Lunatic asylums Madras 1892-1911 - 1892-1911
Year: 1892
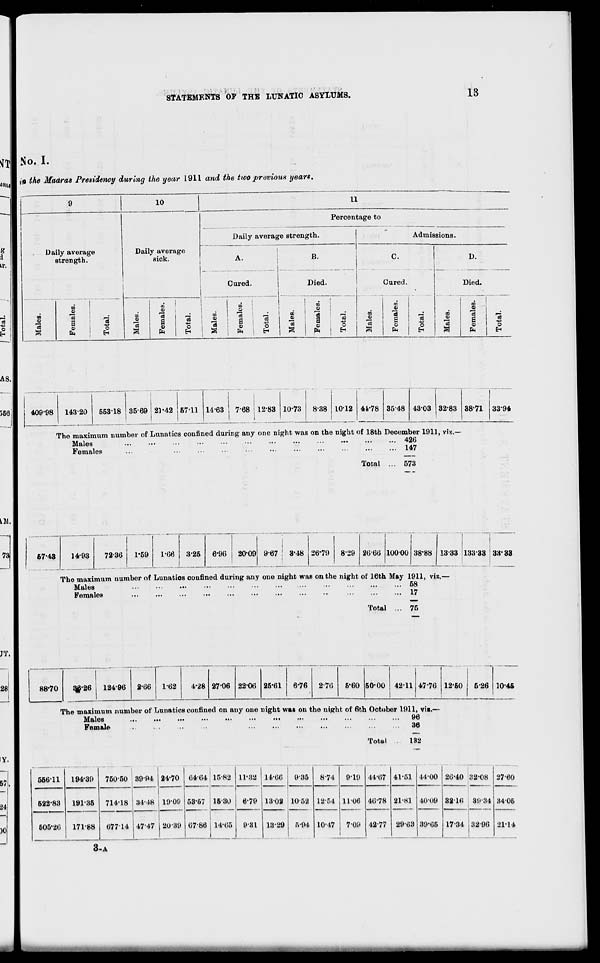
STATEMENTS OF THE LUNATIC ASYLUMS.
13
tfj No. I.
B iii the Madras Presidency during the year 1911 and the two previous yearn.
9
10
11
Daily average
strength.
Daily average
sick.
_
Percentage to
_.
Daily average strength.
Admissions.
8
IV.
A.
B.
C.
D.
Cured.
Died.
Cured.
Died.
"3 -w
0
E->
Males.
Females.
Is
o
at
Females.
Total.
Males.
Females.
Total.
Males.
Females.
Total.
m
"3
Females.
Total.
03
1
Females.
1
Total.
35-69 21-42 5711 14-63 768 ! 12-83 10-73 8-38 1012 44-78
l
3548 4303 32-83 38-71 33-94
The maximum number of Lunatics confined during any one night was on the night of 18th December 1911, viz.-
Males
...
■••
...
...
...
••■
••■
...
...
...
...
... 426
Females
...
...
...
...
...
...
...
...
...
...
... 147
Total ... 573
67-48
14-93
72-36
1-59
1-66
967 ! 3-48 26-79 8-29 26-66 10000 38-88 13-33 133-33 ' 3»- 33
The maximum number of Lunatios oonfined during any one night was on the night of 16th May 1911, viz.
Males
...
...
...
...
...
...
...
...
...
... 58
Females
...
...
17
Total
75
2-66
1-62
1-28 27-06 2206 25-61
6-76 2-76
5-60 50-00 4211 47-76 12-60 | 526 10-45
The maximum number of Lunatics confined on any one night was on the night of 6th Ootober 1911, vii.
Males
...
...
...
...
...
...
...
...
...
...
Mt
Iti
Q3
Female
...
,.,
...
...
36
Total
132
56611
194-39
750-50 39-94 24-70 64-64 15-82
1630
14-65
11-32 14-66
9-35
874
522-83
191-35
17188
714-18 84*48
. , ...
19-09
20 39
53-67
67-86
6-79 1302 1052
5-94
12-54
605-26
677-14 47-47
931 13-29
10-47
9-19
1106
7-09
44-67
46-78
42-77
41-51 44-00
1
26-40 32-08
21-81 40-09
39-66
82 10 89-34
29-68
1734 13296
2760
3406
2114
3-A